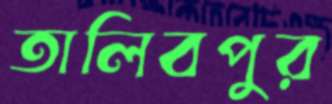
তালিবপুর